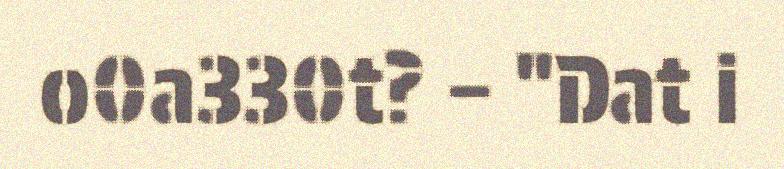
o0a330t? – "Dat i